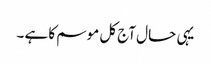
یہی حال آج کل موسم کا ہے ۔